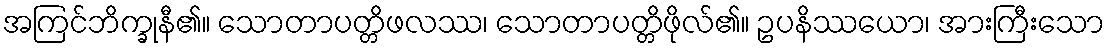
အကြင်ဘိက္ခုနီ၏။ သောတာပတ္တိဖလဿ၊ သောတာပတ္တိဖိုလ်၏။ ဥပနိဿယော၊ အားကြီးသော